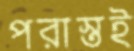
পরাস্তই